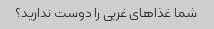
شما غذاهای غربی را دوست ندارید؟